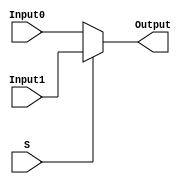
`timescale 1ns / 1ps
//////////////////////////////////////////////////////////////////////////////////
// Company: 
// Engineer: 
// 
// Design Name: 
// Module Name:    MUX_4Bits 
// Project Name: 
// Target Devices: 
// Tool versions: 
// Description: 
//
// Dependencies: 
//
// Revision: 
// Revision 0.01 - File Created
// Additional Comments: 
//
//////////////////////////////////////////////////////////////////////////////////
module MUX_4Bits(
    input [4:0]Input0,
    input [4:0]Input1,
    input S,
    output reg [4:0]Output
    );

always @(Input0 or Input1 or S)
	begin
		Output = (S == 0)? Input0: Input1;
	end

endmodule